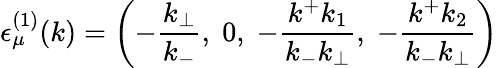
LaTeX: {\epsilon}_{\mu}^{(1)}(k)=\left(-\frac{k_{\bot}}{k_{-}},\; 0,\; -\frac{k^{+}k_{1}}{k_{-}k_{\bot}},\; -\frac{k^{+}k_{2}}{k_{-}k_{\bot}}\right)